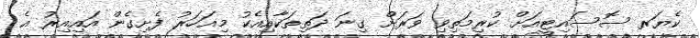
ކެޔަރ ސޮސައިޓީއަށް ކުރިމަތިވި ވަރަށް ގިނަ ދަތިތަކާއިއެކު މިއަހަރު ފެށިގެން އައިއިރު އެ